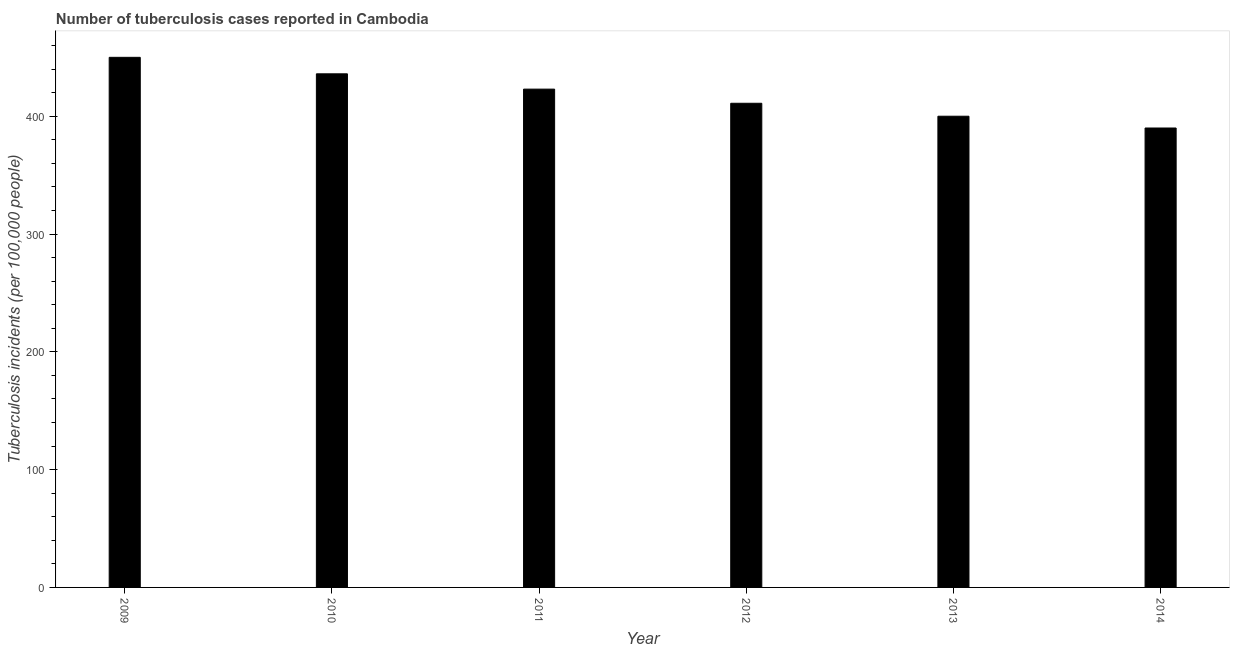
| Year | Incidence of tuberculosis |
 | --- | --- |
 | 2009 | 450 |
 | 2010 | 436 |
 | 2011 | 423 |
 | 2012 | 411 |
 | 2013 | 400 |
 | 2014 | 390 |